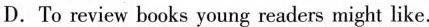
D. To review books young readers might like.